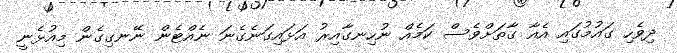
ދިވެހި ގައުމުގައި އެއާ ގާތަށްވެސް ކަމެއް ނުހިނގާއިރު އަޅައިގަނެގެނަ ނެއްޓެން ނޭނގިގެން މިއުޅެނީ